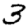
Digit: 3